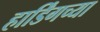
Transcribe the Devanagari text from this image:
हार्डिंगच्या